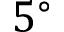
5 ^ { \circ }